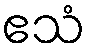
ဧသံ